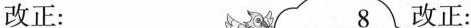
改正： 改正：